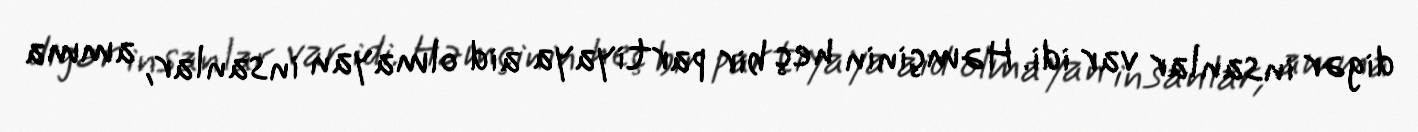
digər insanlar var idi. Həmçinin heç bir partiyaya aid olmayan insanlar, amma